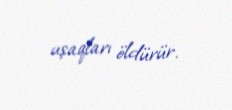
uşaqları öldürür.